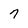
Character: 7